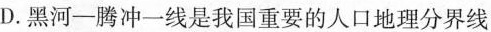
D.黑河—腾冲一线是我国重要的人口地理分界线